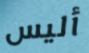
أليس